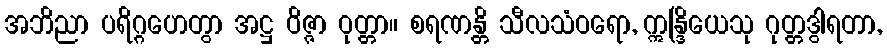
အဘိညာ ပရိဂ္ဂဟေတွာ အဋ္ဌ ဝိဇ္ဇာ ဝုတ္တာ။ စရဏန္တိ သီလသံဝရော, ဣန္ဒြိယေသု ဂုတ္တဒွါရတာ,